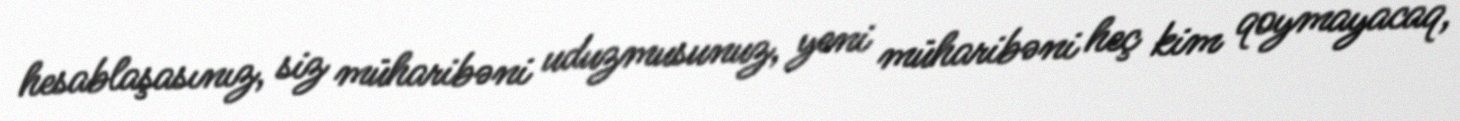
hesablaşasınız, siz müharibəni uduzmusunuz, yeni müharibəni heç kim qoymayacaq,